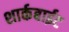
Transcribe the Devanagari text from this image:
शार्कबाईट